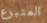
المتبرع